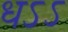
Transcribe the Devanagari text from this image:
धऽऽ